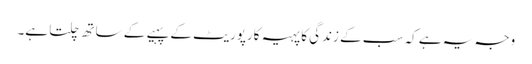
وجہ یہ ہے کہ سب کے زندگی کا پہیہ کارپوریٹ کے پہیے کے ساتھ چلتا ہے۔